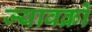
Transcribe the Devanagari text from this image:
ज्यावक्रों